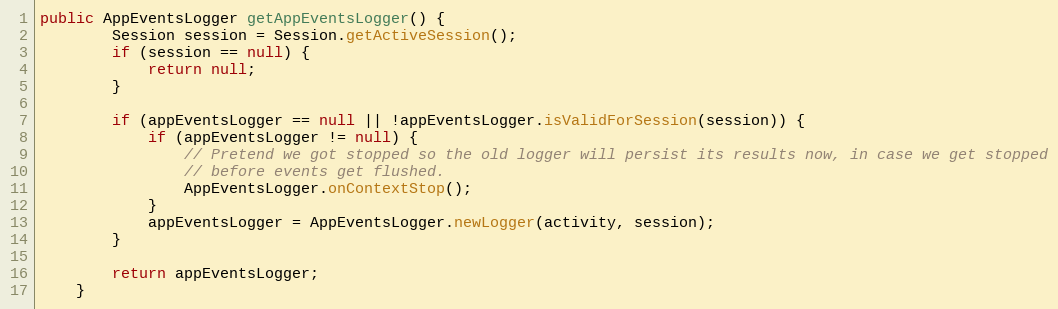
Language: Java
public AppEventsLogger getAppEventsLogger() {
        Session session = Session.getActiveSession();
        if (session == null) {
            return null;
        }

        if (appEventsLogger == null || !appEventsLogger.isValidForSession(session)) {
            if (appEventsLogger != null) {
                // Pretend we got stopped so the old logger will persist its results now, in case we get stopped
                // before events get flushed.
                AppEventsLogger.onContextStop();
            }
            appEventsLogger = AppEventsLogger.newLogger(activity, session);
        }

        return appEventsLogger;
    }